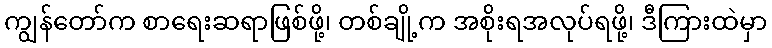
ကျွန်တော်က စာရေးဆရာဖြစ်ဖို့၊ တစ်ချို့က အစိုးရအလုပ်ရဖို့၊ ဒီကြားထဲမှာ